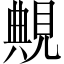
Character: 覥